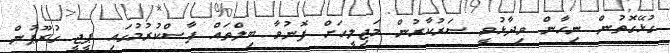
ގުޅޭގޮތުން ނިހާން ވިދާޅުވީ ސަރުކާރުން މަޖިލީހަށް ފޮނުވާ ބިލްތައް ފާސްކުރުމުގައި ޕީޖީ ގުރޫޕުން